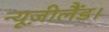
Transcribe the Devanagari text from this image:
न्यूज़ीलैंड।